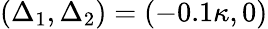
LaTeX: (\Delta_{1},\Delta_{2})=(-0.1\kappa,0)